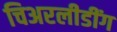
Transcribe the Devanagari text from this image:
चिअरलीडींग